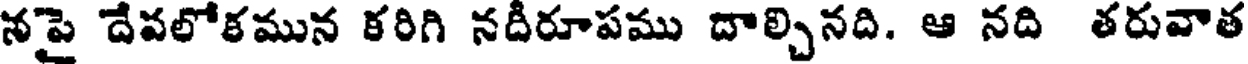
నపై దేవలోకమున కరిగి నదీరూపము దాల్చినది. ఆ నది తరువాత